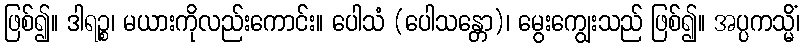
ဖြစ်၍။ ဒါရဉ္စ၊ မယားကိုလည်းကောင်း။ ပေါသံ (ပေါသန္တော)၊ မွေးကျွေးသည် ဖြစ်၍။ အပ္ပကသ္မိံ၊